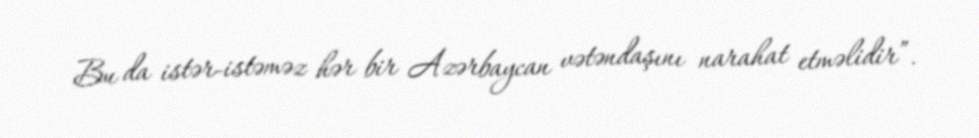
Bu da istər-istəməz hər bir Azərbaycan vətəndaşını narahat etməlidir”.